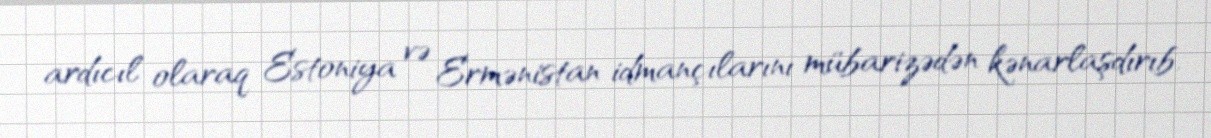
ardıcıl olaraq Estoniya və Ermənistan idmançılarını mübarizədən kənarlaşdırıb.